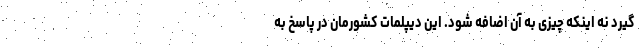
گیرد نه اینکه چیزی به آن اضافه شود. این دیپلمات کشورمان در پاسخ به